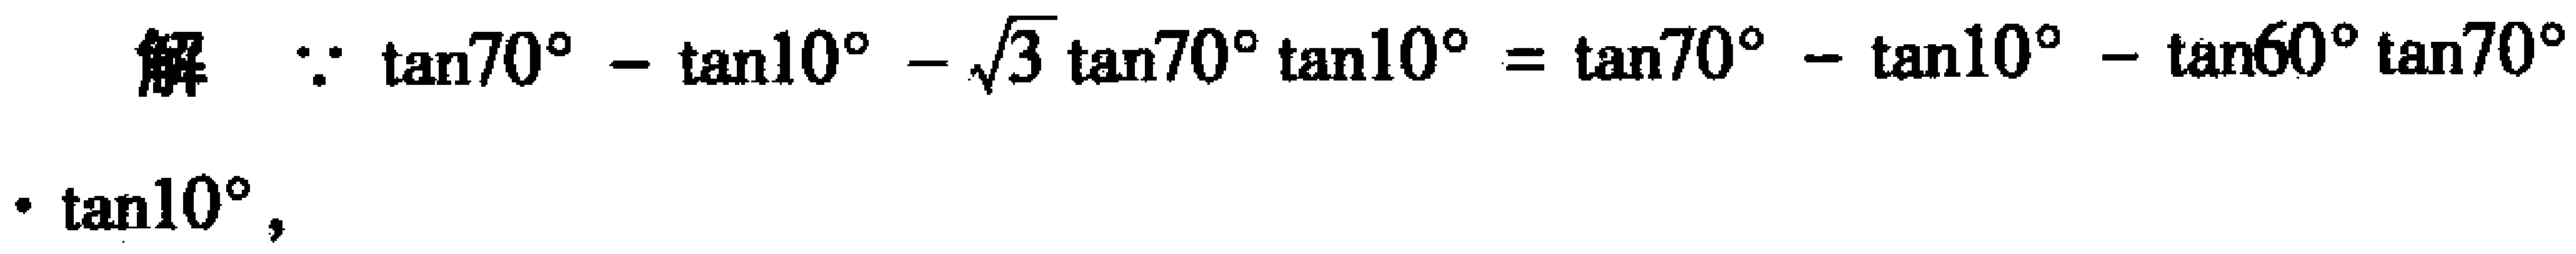
解 $\because \tan70^{\circ}-\tan10^{\circ}-\sqrt{3}\tan70^{\circ}\tan10^{\circ}=\tan70^{\circ}-\tan10^{\circ}-\tan60^{\circ}\tan70^{\circ}$
$\cdot \tan10^{\circ}$，